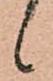
候